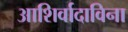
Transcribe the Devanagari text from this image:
आशिर्वादाविना